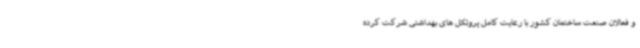
و فعالان صنعت ساختمان کشور با رعایت کامل پروتکل های بهداشتی شرکت کرده